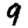
Digit: 9